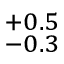
^ { + 0 . 5 } _ { - 0 . 3 }